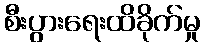
စီးပွားရေးထိခိုက်မှု